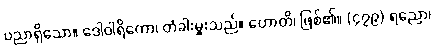
ပညာရှိသော။ ဒေါဝါရိကော၊ တံခါးမှူးသည်။ ဟောတိ၊ ဖြစ်၏။ (၄၇၉) ရညော၊